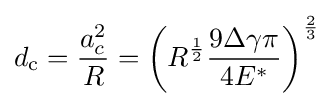
d_{\text{c}}={\frac {a_{c}^{2}}{R}}=\left(R^{\frac {1}{2}}{\frac {9\Delta \gamma \pi }{4E^{*}}}\right)^{\frac {2}{3}}